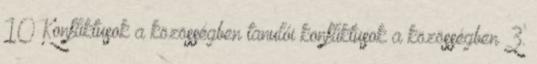
10 Konfliktusok a közösségben tanulói konfliktusok a közösségben 3.